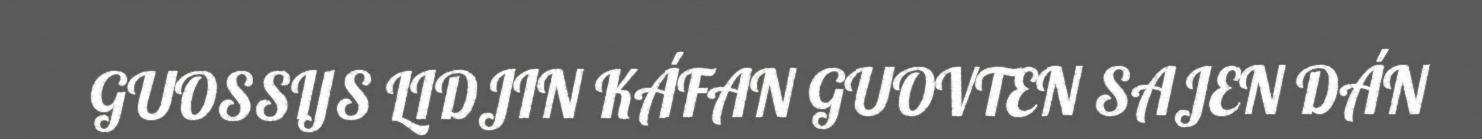
GUOSSIJS LIDJIN KÁFAN GUOVTEN SAJEN DÁN